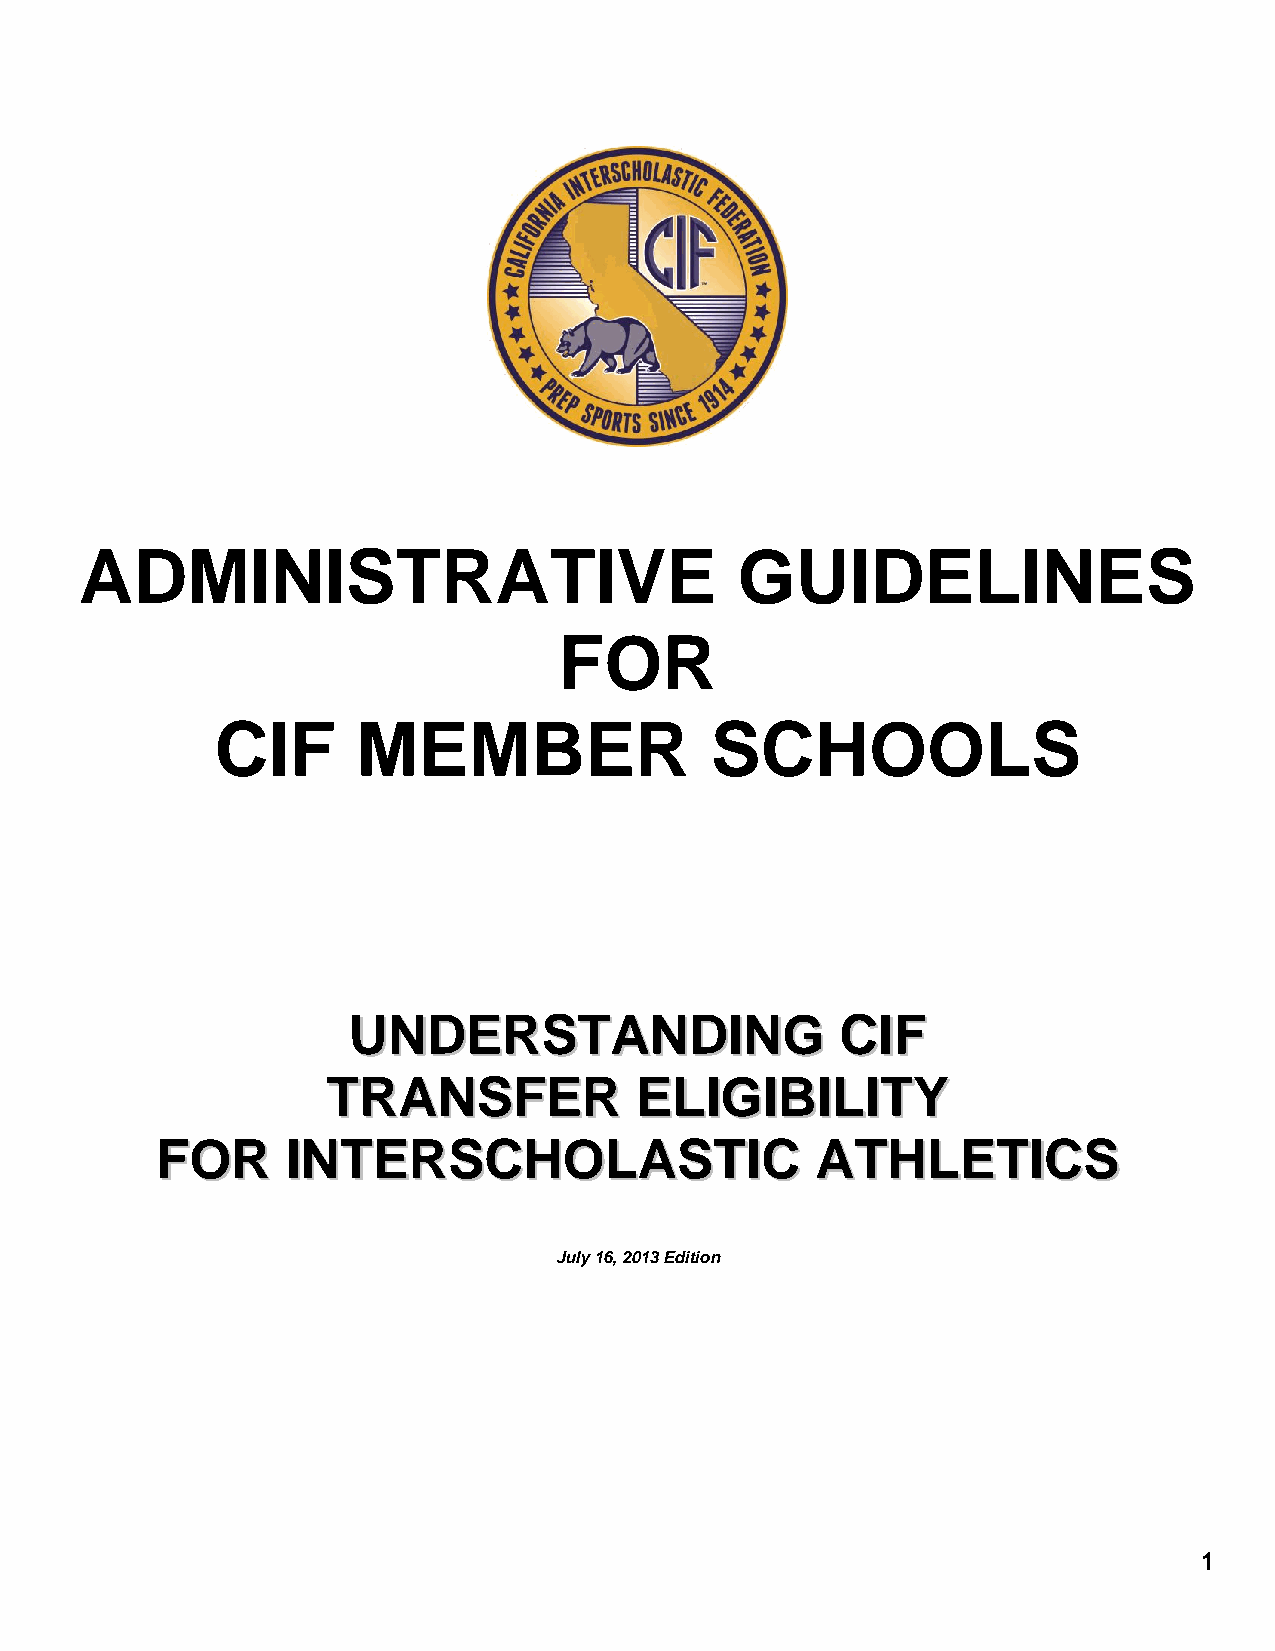
ADMINISTRATIVE                              GUIDELINES
 FOR
 CIF       MEMBER                 SCHOOLS
 UUNNDDEERRSSTTAANNDDIINNGG       CCIIFF
 TTRRAANNSSFFEERR    EELLIIGGIIBBIILLIITTYY
 FFOORR   IINNTTEERRSSCCHHOOLLAASSTTIICC     AATTHHLLEETTIICCSS
 July 16, 2013 Edition
 1